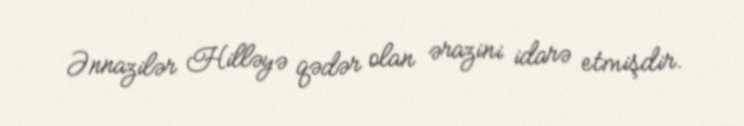
Ənnazilər Hilləyə qədər olan ərazini idarə etmişdir.